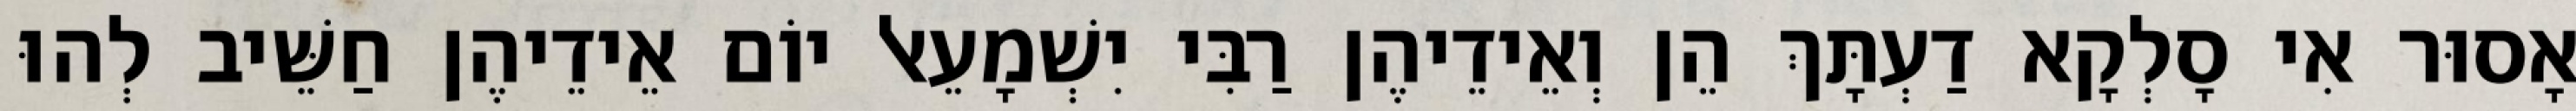
אָסוּר אִי סָלְקָא דַעְתָּךְ הֵן וְאֵידֵיהֶן רַבִּי יִשְׁמָעֵאל יוֹם אֵידֵיהֶן חַשֵּׁיב לְהוּ